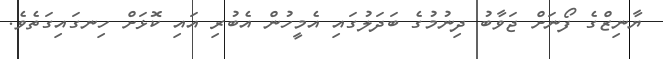
ޔާނިޒްގެ ފޯނަށް ޖަވާބު ދިނުމުގެ ބަދަލުގައި އެމީހުން އެބުރި އައި ކޮޅަށް ހިނގައިގަތެވެ.